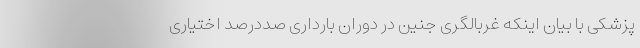
پزشکی با بیان اینکه غربالگری جنین در دوران بارداری صددرصد اختیاری